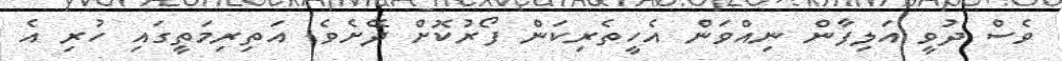
ވެސް ދުވީ އަލިފާން ނިއްވަން އެހީތެރިކަން ފޯރުކޮށް ދޭށެވެ. އަތިރިމަތީގައި ހުރި އެ